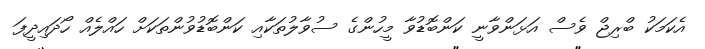
އެކަމަކު ބްރިޖް ވެސް އަޅަންވާނީ ކަންބޮޑުވާ މީހުންގެ ސުވާލުތަކާއި ކަންބޮޑުވުންތަކަށް ހައްލެއް ހޯދައިދީފަ